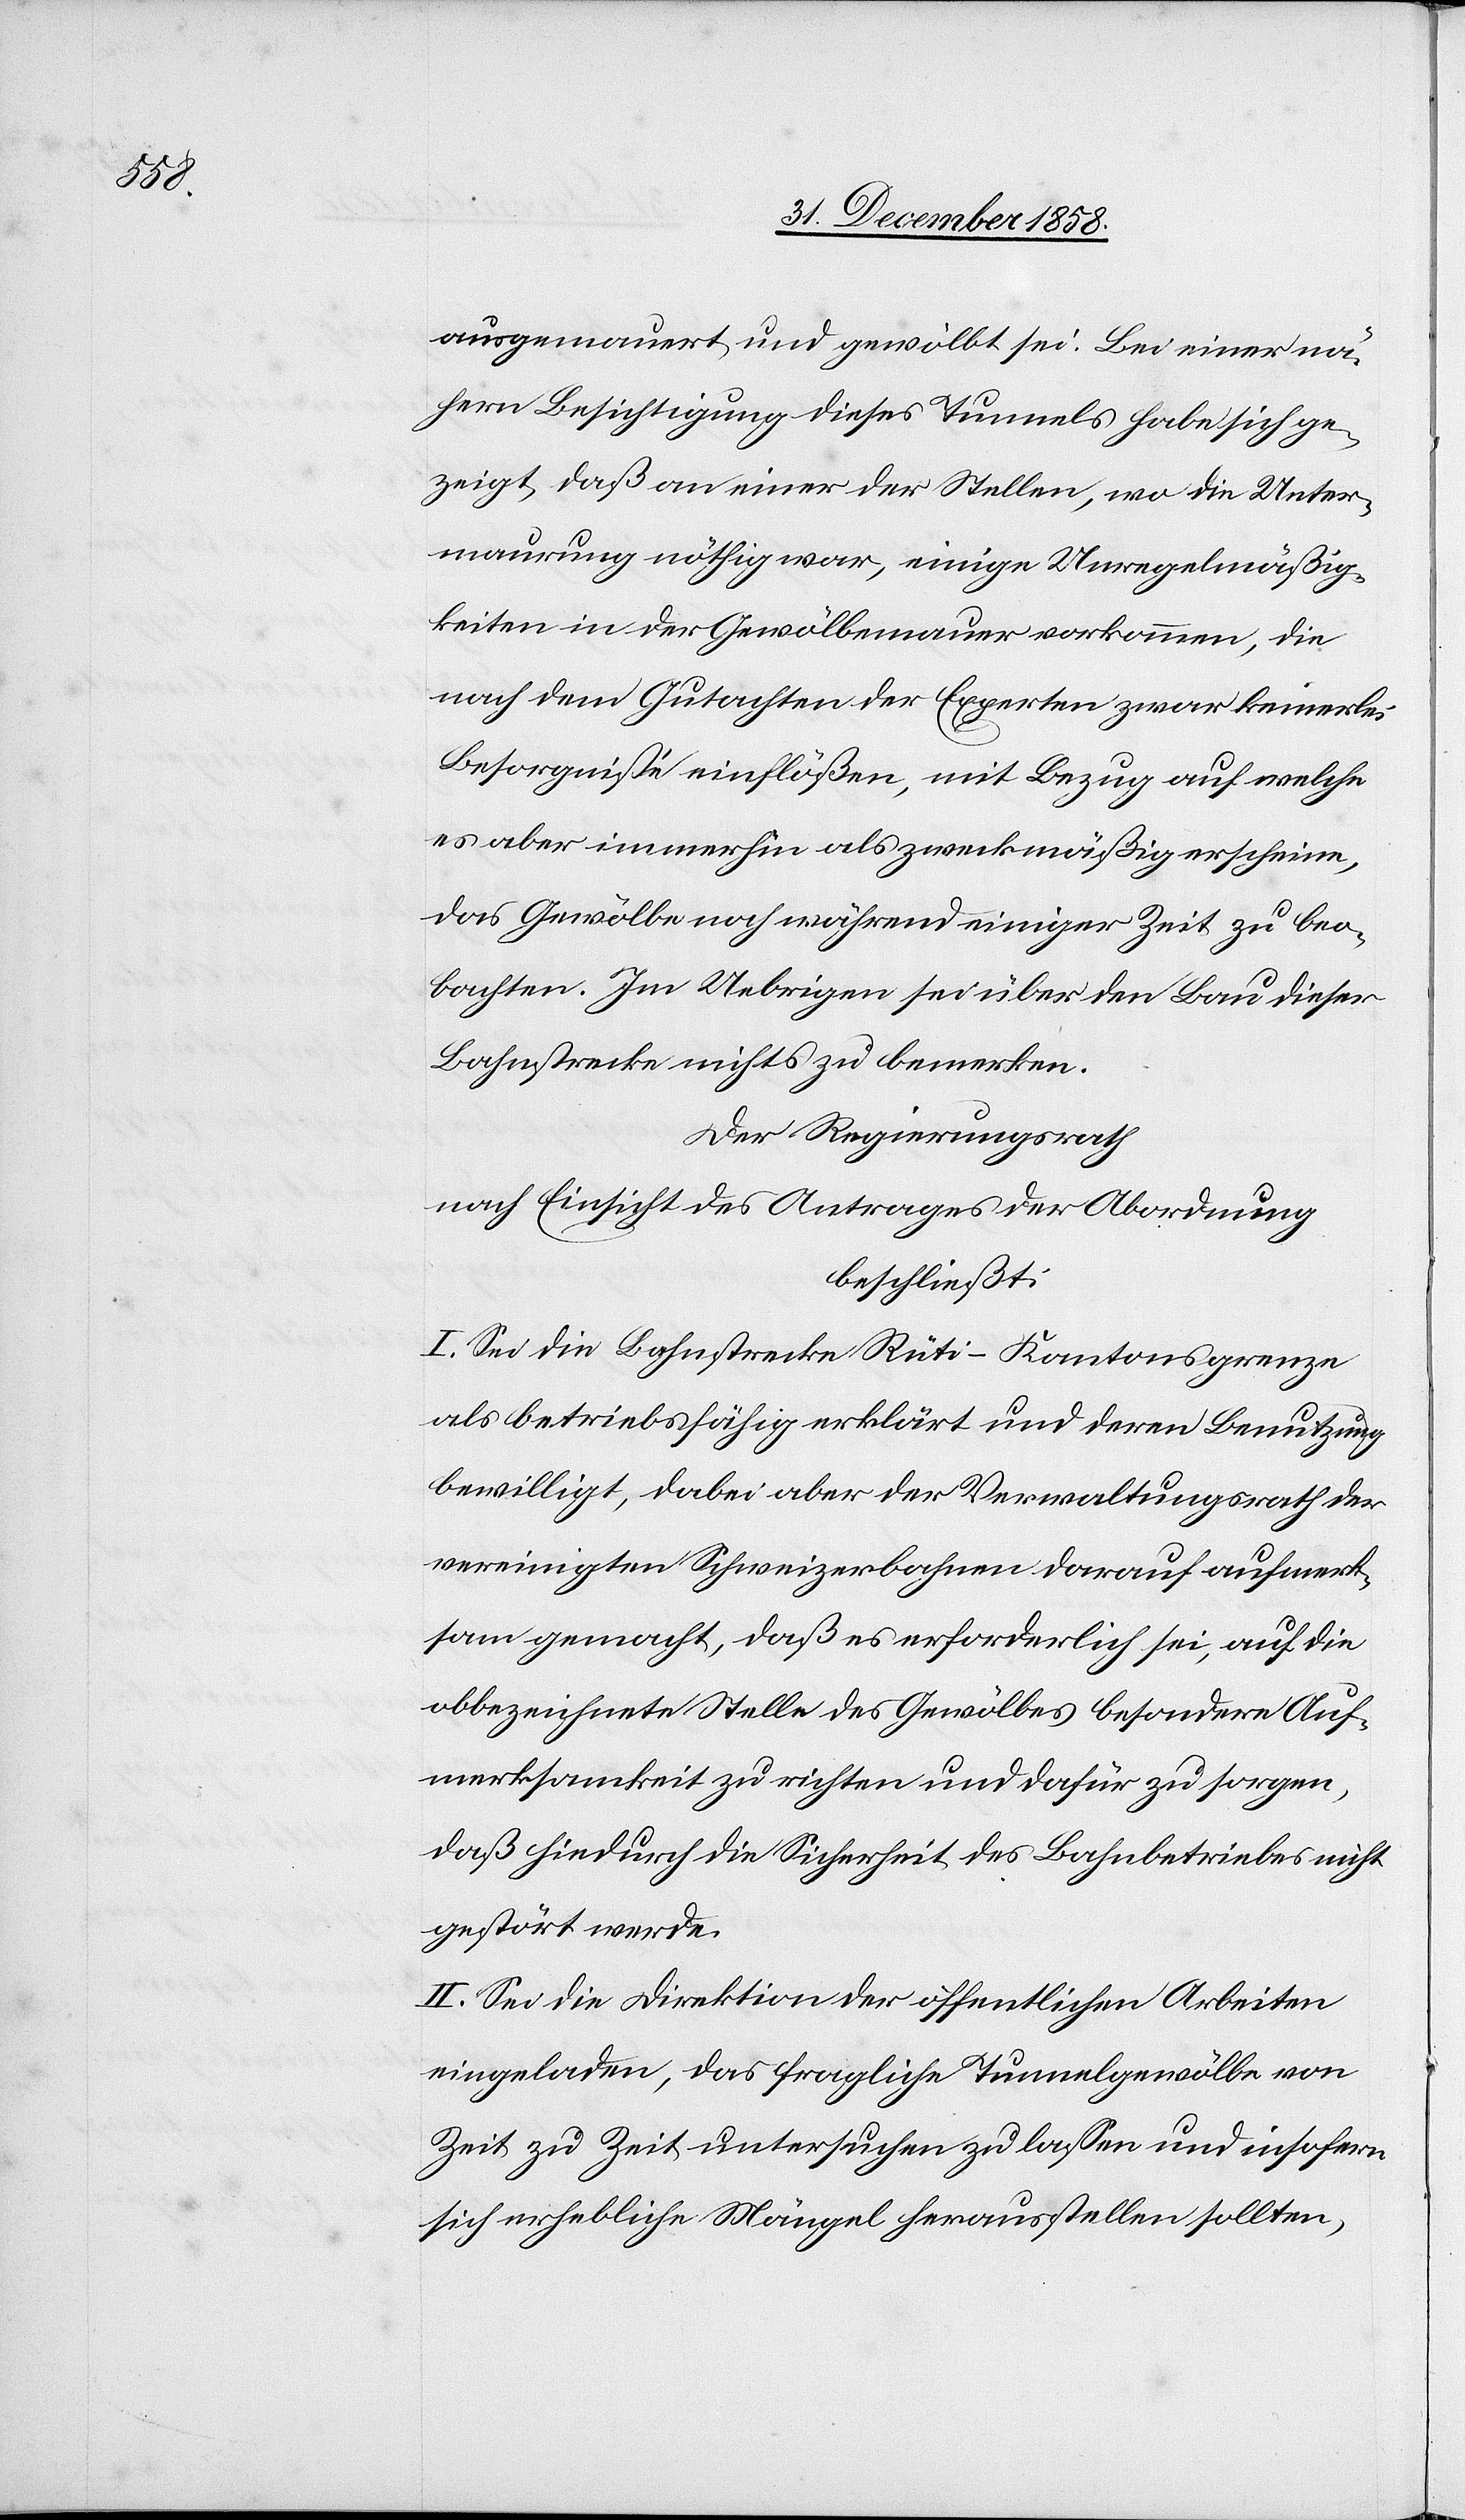
Bezug

21. Dezember 1852
vereinigten Schweizerbahnen hat auf a¬